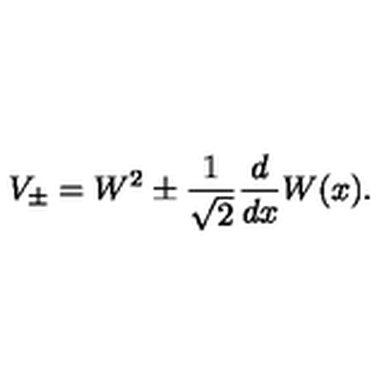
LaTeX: V _ { \pm } = W ^ { 2 } \pm \frac { 1 } { \sqrt { 2 } } \frac { d } { d x } W ( x ) .